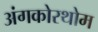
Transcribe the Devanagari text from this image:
अंगकोरथोम